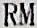
RM